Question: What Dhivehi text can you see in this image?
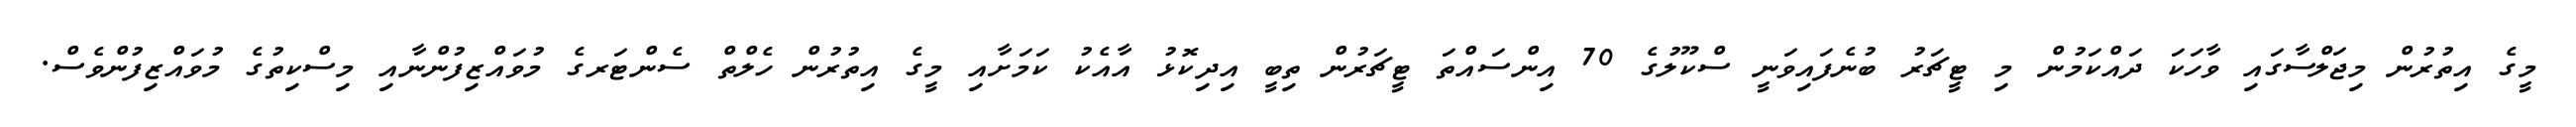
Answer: މީގެ އިތުރުން މިޖަލްސާގައި ވާހަކަ ދައްކަމުން މި ޓީޗަރު ބުނެފައިވަނީ ސްކޫލުގެ 70 އިންސައްތަ ޓީޗަރުން ތިބީ އިދިކޮޅު އާއެކު ކަމަށާއި މީގެ އިތުރުން ހެލްތް ސެންޓަރގެ މުވައްޒިފުންނާއި މިސްކިތުގެ މުވައްޒިފުންވެސް.